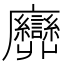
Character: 𢌕